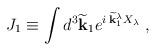
LaTeX: \begin{align*}J_1 \equiv \int d^3 \widetilde{\bf k}_1 e^{i\; \widetilde{\bf k}_1^\lambda X_\lambda} \;,\end{align*}